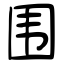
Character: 围